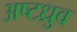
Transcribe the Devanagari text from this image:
अष्टध्रुव